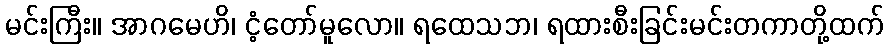
မင်းကြီး။ အာဂမေဟိ၊ ငံ့တော်မူလော။ ရထေသဘ၊ ရထားစီးခြင်းမင်းတကာတို့ထက်